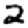
Digit: 2